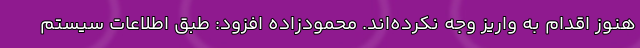
هنوز اقدام به واریز وجه نکرده‌اند. محمودزاده افزود: طبق اطلاعات سیستم